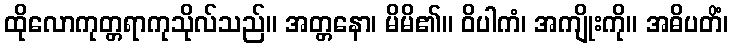
ထိုလောကုတ္တရာကုသိုလ်သည်။ အတ္တနော၊ မိမိ၏။ ဝိပါကံ၊ အကျိုးကို။ အဓိပတိံ၊